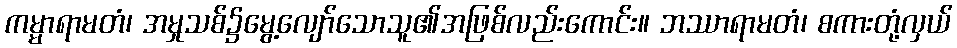
ကမ္မာရာမတံ၊ အမှုသစ်၌မွေ့လျော်သောသူ၏အဖြစ်လည်းကောင်း။ ဘဿာရာမတံ၊ စကားတုံ့လှယ်